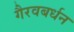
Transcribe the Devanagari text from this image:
गैरवबर्धन